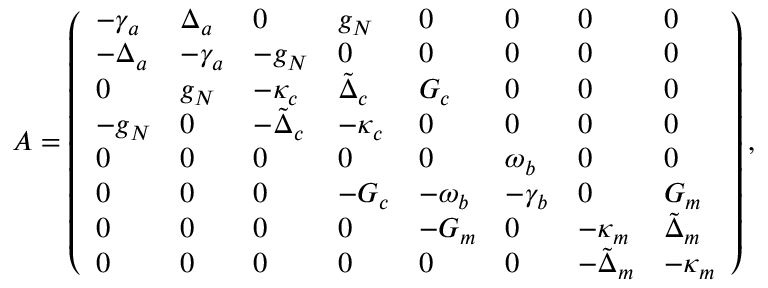
A = \left( \begin{array} { l l l l l l l l } { - \gamma _ { a } } & { \Delta _ { a } } & { 0 } & { g _ { N } } & { 0 } & { 0 } & { 0 } & { 0 } \\ { - \Delta _ { a } } & { - \gamma _ { a } } & { - g _ { N } } & { 0 } & { 0 } & { 0 } & { 0 } & { 0 } \\ { 0 } & { g _ { N } } & { - \kappa _ { c } } & { \tilde { \Delta } _ { c } } & { G _ { c } } & { 0 } & { 0 } & { 0 } \\ { - g _ { N } } & { 0 } & { - \tilde { \Delta } _ { c } } & { - \kappa _ { c } } & { 0 } & { 0 } & { 0 } & { 0 } \\ { 0 } & { 0 } & { 0 } & { 0 } & { 0 } & { \omega _ { b } } & { 0 } & { 0 } \\ { 0 } & { 0 } & { 0 } & { - G _ { c } } & { - \omega _ { b } } & { - \gamma _ { b } } & { 0 } & { G _ { m } } \\ { 0 } & { 0 } & { 0 } & { 0 } & { - G _ { m } } & { 0 } & { - \kappa _ { m } } & { \tilde { \Delta } _ { m } } \\ { 0 } & { 0 } & { 0 } & { 0 } & { 0 } & { 0 } & { - \tilde { \Delta } _ { m } } & { - \kappa _ { m } } \end{array} \right) ,